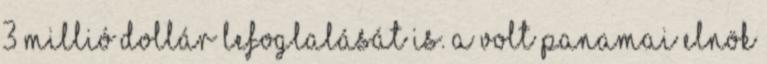
3 millió dollár lefoglalását is. A volt panamai elnök